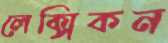
লেক্সিকন